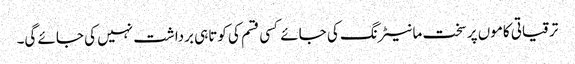
ترقیاتی کاموں پر سخت مانیٹرنگ کی جائے کسی قسم کی کوتاہی برداشت نہیں کی جائے گی۔